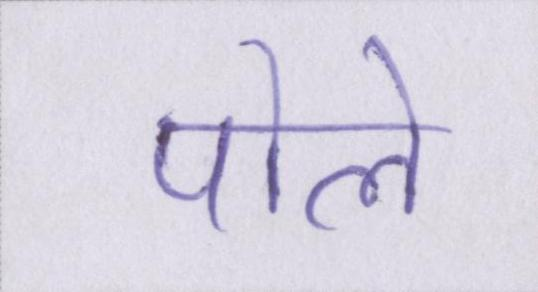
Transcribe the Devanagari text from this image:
पोले